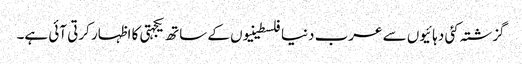
گزشتہ کئی دہائیوں سے عرب دنیا فلسطینیوں کے ساتھ یکجہتی کا اظہار کرتی آئی ہے۔